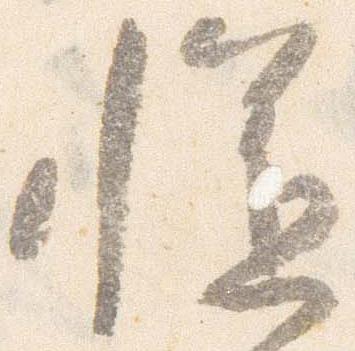
慥